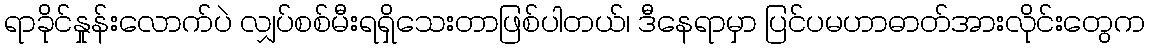
ရာခိုင်နှုန်းလောက်ပဲ လျှပ်စစ်မီးရရှိသေးတာဖြစ်ပါတယ်၊ ဒီနေရာမှာ ပြင်ပမဟာဓာတ်အားလိုင်းတွေက